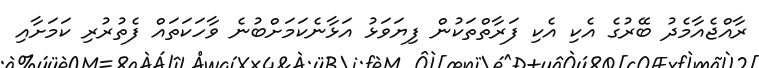
ރާއްޖެއާމެދު ބޭރުގެ އެކި އެކި ފަރާތްތަކުން ފިޔަވަޅު އަޅާނެކަމަށްބުުނެ ވާހަކަތައް ފެތުރުރި ކަމަށާއި